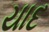
યાદ